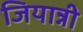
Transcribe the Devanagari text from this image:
जियान्नी